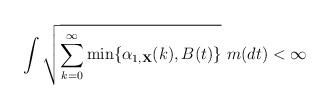
LaTeX: \begin{align*}\int \sqrt{ \sum_{k=0}^\infty \min\{\alpha_{1, {\bf X}}(k), B(t)\} } \ m(dt) < \infty\end{align*}